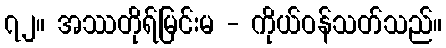
၇၂။ အဿတိုရ်မြင်းမ - ကိုယ်ဝန်သတ်သည်။